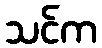
သင်က